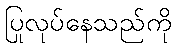
ပြုလုပ်နေသည်ကို